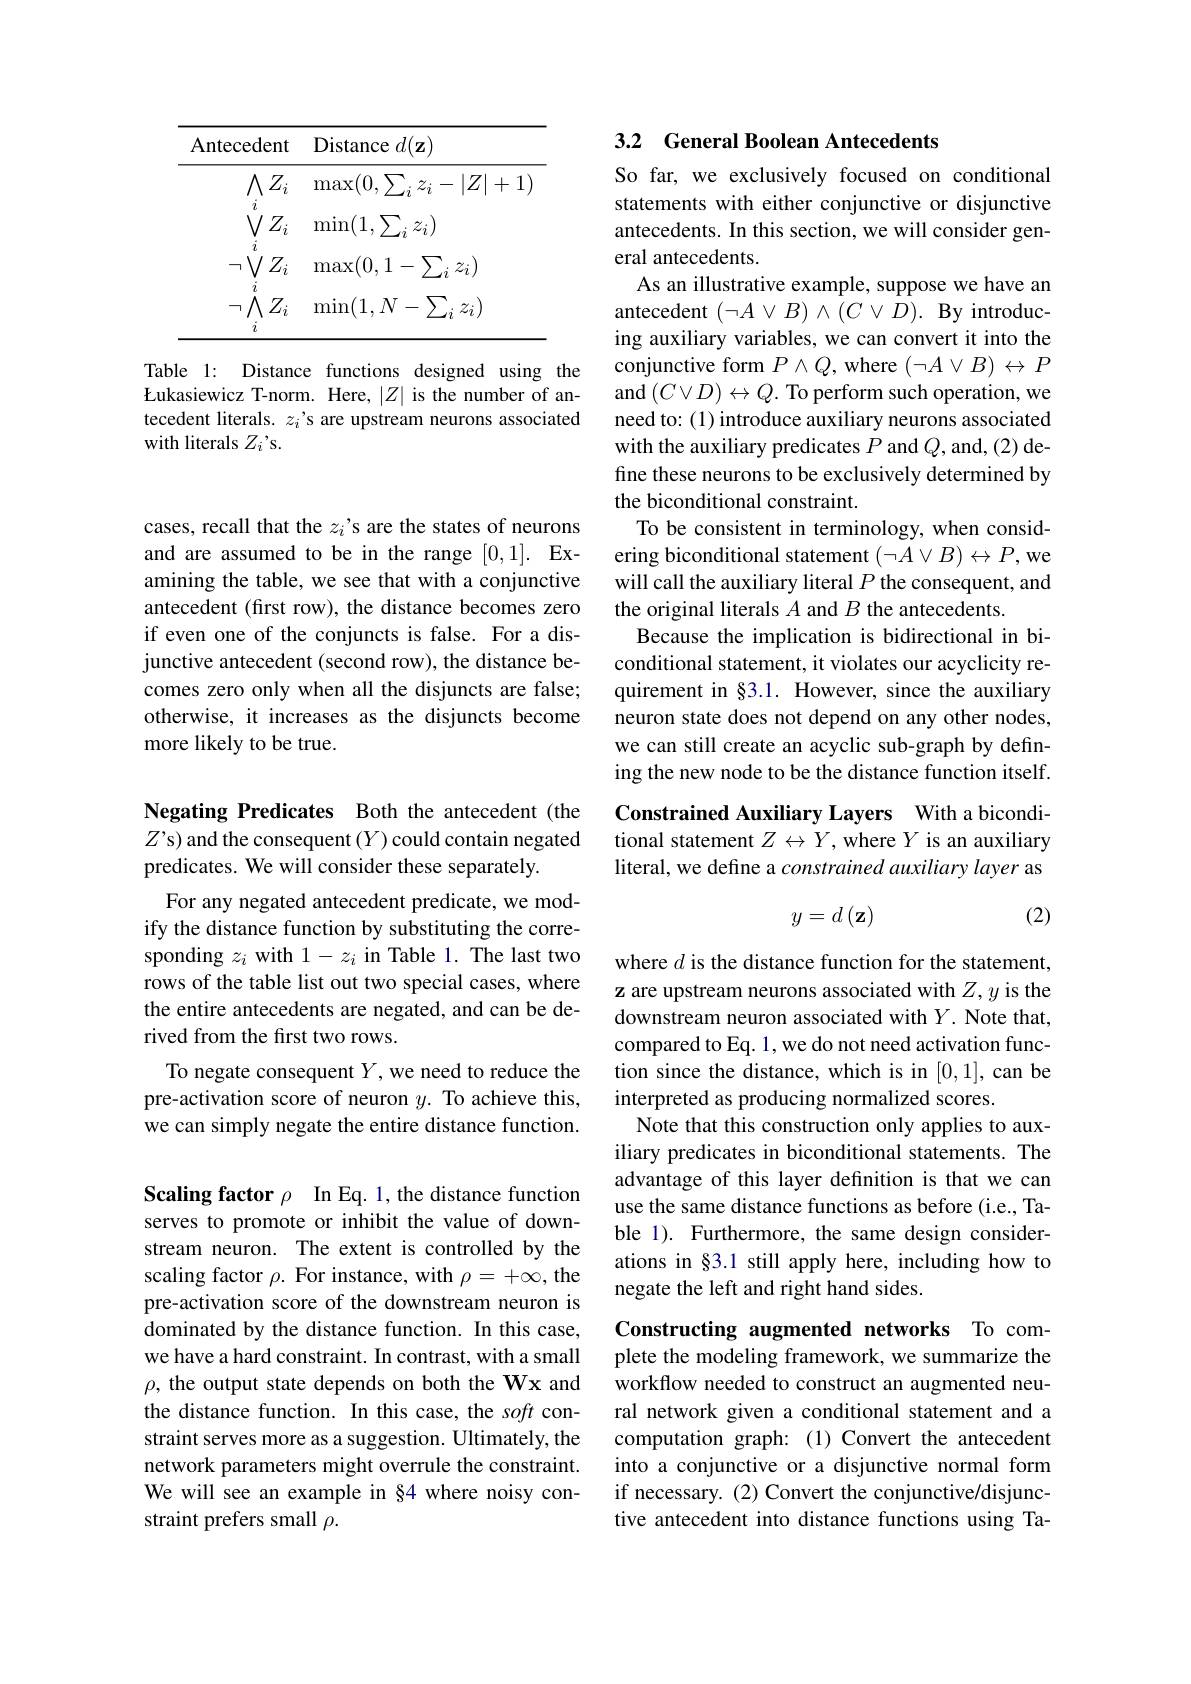
<table>
	<tbody>
		<tr>
			<th>Antecedent</th>
			<th>Distance $d(\mathbf{z})$</th>
		</tr>
		<tr>
			<td>$\wedge$ $Z_i$</td>
			<td>$\operatorname*{max}(0,\sum_{i}z_{i}-|Z|+1$</td>
		</tr>
		<tr>
			<td>$Vi$ $Z_{i}$</td>
			<td>$\operatorname*{min}(1,\sum_{i}z_{i})$</td>
		</tr>
		<tr>
			<td>$i$ $Z_{i}$ $\neg VZ$ </td>
			<td>$\max(0,1-\sum_{i}z_{i})$</td>
		</tr>
		<tr>
			<td>$i$ $\neg\wedge i$ $Z_{i}$ $i$</td>
			<td>$\operatorname*{min}(1,N-\sum_{i}z_{i})$</td>
		</tr>
	</tbody>
</table>

Table 1: Distance functions designed using the Łukasiewicz T-norm. Here, $|Z|$ is the number of antecedent literals. $z_i$ 's are upstream neurons associated with literals $Z_i’$s.

cases, recall that the $z_i’$s are the states of neurons and are assumed to be in the range [0,1]. Ex- amining the table, we see that with a conjunctive antecedent (first row), the distance becomes zero if even one of the conjuncts is false. For a disjunctive antecedent (second row), the distance becomes zero only when all the disjuncts are false; otherwise, it increases as the disjuncts become more likely to be true.

Negating Predicates Both the antecedent (the $Z’$s) and the consequent $(Y)$ could contain negated predicates. We will consider these separately.

For any negated antecedent predicate, we modify the distance function by substituting the corresponding $z_i$ with 1-zi in Table 1. The last two rows of the table list out two special cases, where the entire antecedents are negated, and can be derived from the first two rows.
To negate consequent $Y$,we need to reduce the pre-activation score of neuron $y.$ To achieve this, we can simply negate the entire distance function.

Scaling factor $\rho$ In Eq. 1, the distance function serves to promote or inhibit the value of downstream neuron. The extent is controlled by the scaling factor $\rho.$ For instance, with $\rho=+\infty$, the pre-activation score of the downstream neuron is dominated by the distance function. In this case, we have a hard constraint. In contrast, with a small $\rho$, the output state depends on both the Wx and the distance function. In this case, the soft constraint serves more as a suggestion. Ultimately, the network parameters might overrule the constraint. We will see an example in §4 where noisy constraint prefers small $\rho.$

## 3.2 General Boolean Antecedents

So far, we exclusively focused on conditional statements with either conjunctive or disjunctive antecedents. In this section, we will consider general antecedents.
As an illustrative example, suppose we have an antecedent $(\neg A\lor B)\land(C\lor D).$ By introducing auxiliary variables, we can convert it into the conjunctive form $P\wedge Q$, where $(\neg A\vee B)\leftrightarrow P$ and $(C\lor D)\leftrightarrow Q.$ To perform such operation, we need to: (1) introduce auxiliary neurons associated with the auxiliary predicates $P$ and $Q$,and,(2) define these neurons to be exclusively determined by the biconditional constraint.
To be consistent in terminology, when considering biconditional statement $(\neg A\vee B)\leftrightarrow P$,we will call the auxiliary literal $P$ the consequent, and the original literals $A$ and $B$ the antecedents.
Because the implication is bidirectional in biconditional statement, it violates our acyclicity requirement in §3.1. However, since the auxiliary neuron state does not depend on any other nodes, we can still create an acyclic sub-graph by defining the new node to be the distance function itself. Constrained Auxiliary Layers With a biconditional statement $Z\leftrightarrow Y$, where $Y$ is an auxiliary

literal, we define a constrained auxiliary layer as

(2)
$$y=d\left(\mathbf{z}\right)$$
where $d$ is the distance function for the statement, z are upstream neurons associated with $Z,y$ is the downstream neuron associated with $Y.$ Note that, compared to Eq. 1, we do not need activation function since the distance, which is in [0,1], can be interpreted as producing normalized scores.
Note that this construction only applies to auxiliary predicates in biconditional statements. The advantage of this layer definition is that we can use the same distance functions as before (i.e., Table 1). Furthermore, the same design considerations in §3.1 still apply here, including how to negate the left and right hand sides.

Constructing augmented networks To com-

plete the modeling framework, we summarize the workflow needed to construct an augmented neural network given a conditional statement and a computation graph:(1) Convert the antecedent into a conjunctive or a disjunctive normal form if necessary. (2) Convert the conjunctive/disjunctive antecedent into distance functions using Ta-